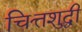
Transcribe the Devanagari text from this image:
चित्तशुद्धी